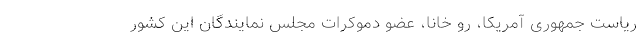
ریاست جمهوری آمریکا، رو خانا، عضو دموکرات مجلس نمایندگان این کشور